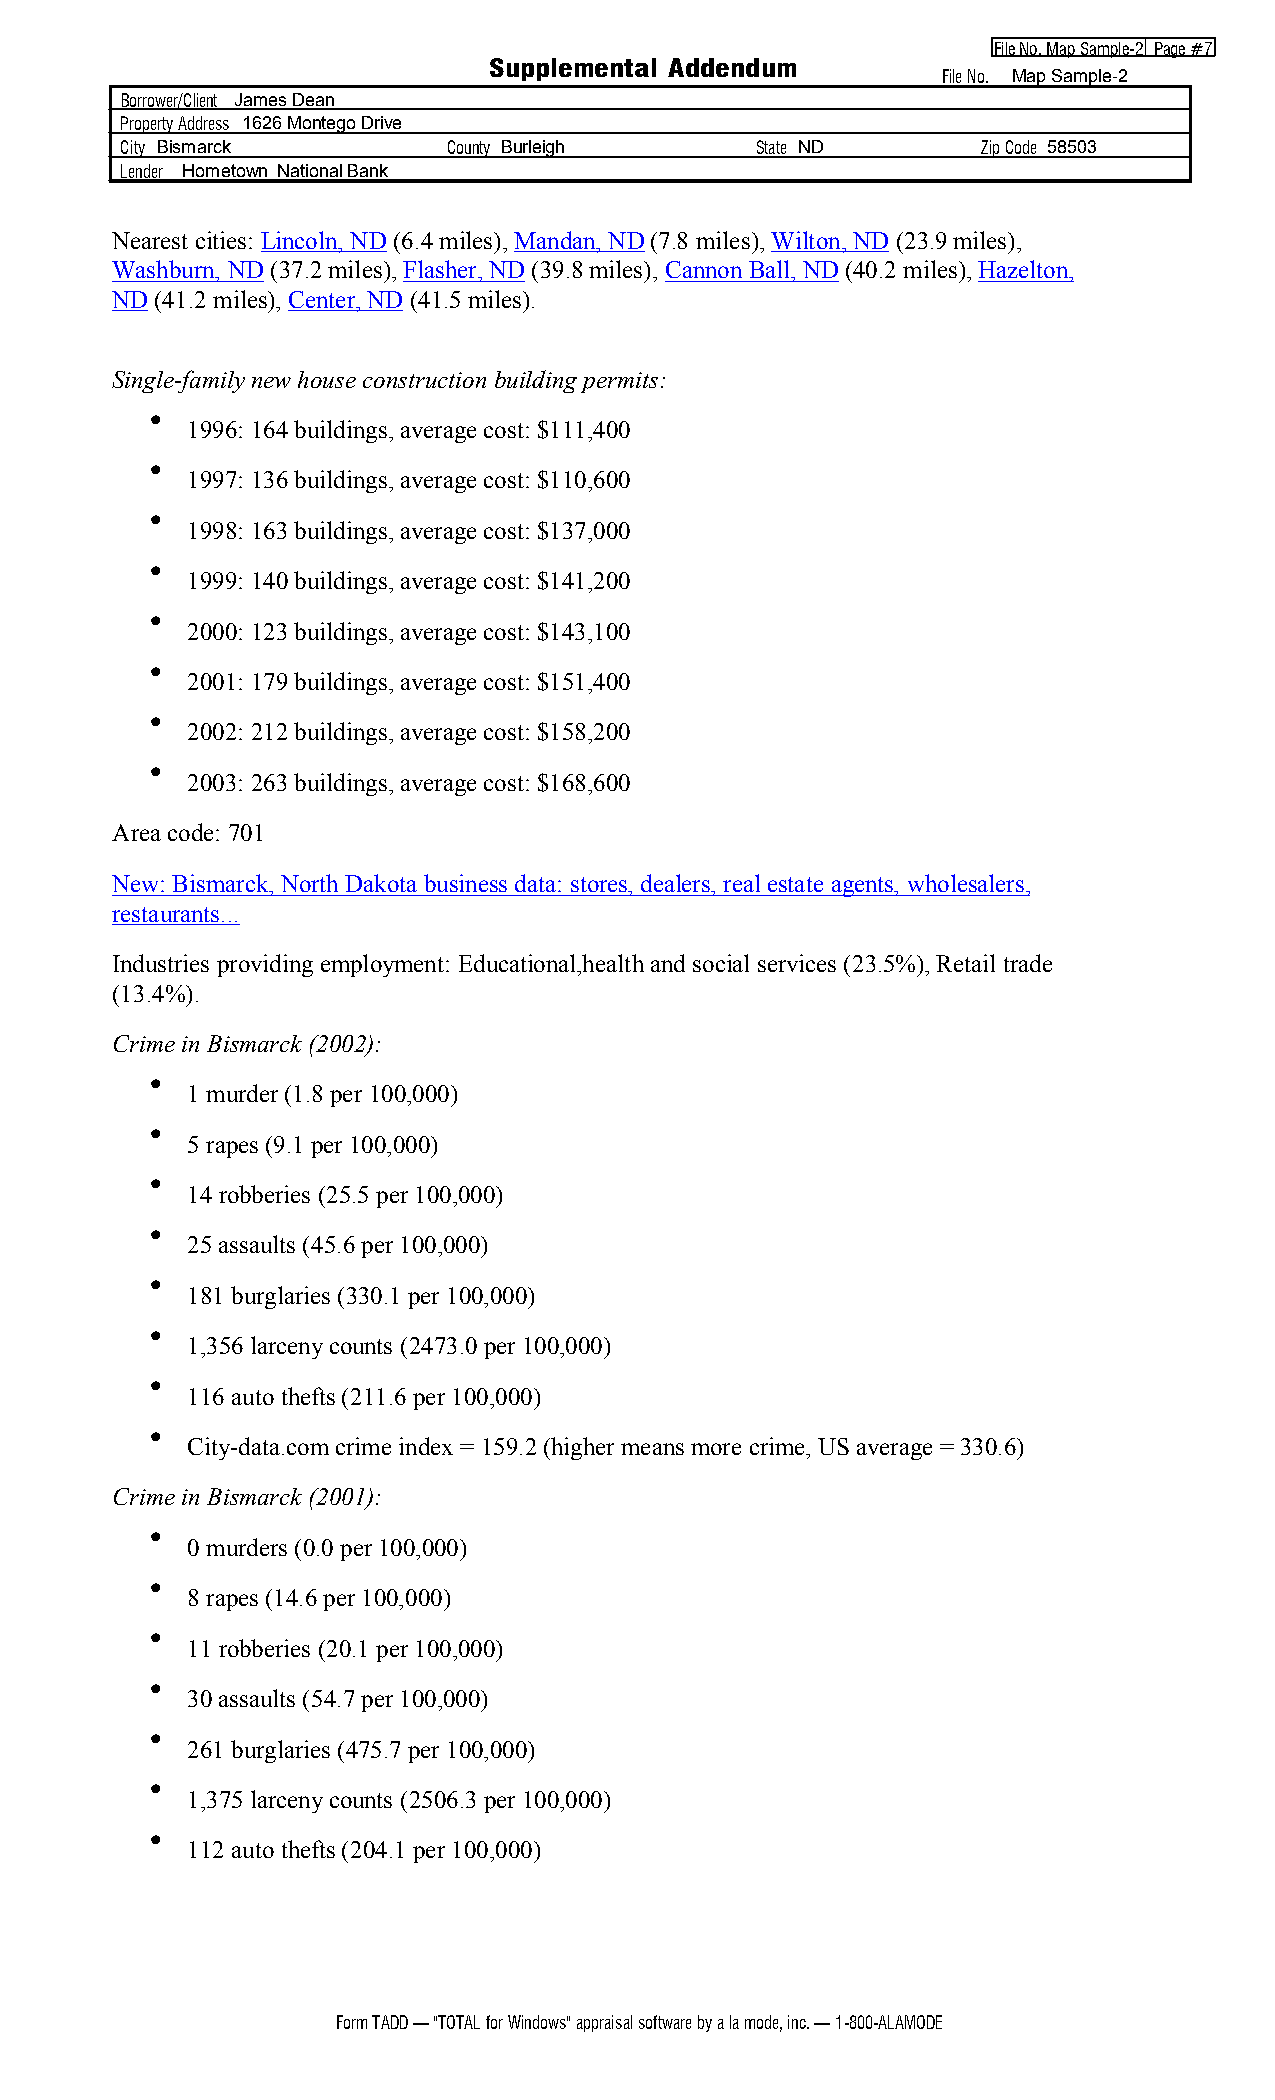
File No. Map Sample 2 Page #7
 Supplemental Addendum
 File No. Map Sample 2
 Borrower/Client James Dean
 Property Address 1626 Montego Drive
 City Bismarck         County Burleigh     State ND       Zip Code 58503
 Lender Hometown National Bank
 Nearest cities: Lincoln, ND (6.4 miles),Mandan, ND (7.8 miles), Wilton, ND (23.9 miles),
 Washburn, ND (37.2 miles),Flasher, ND (39.8 miles), Cannon Ball, ND (40.2 miles), Hazelton,
 ND (41.2 miles), Center, ND (41.5 miles).
 Single family new house construction building permits:
 •
 1996: 164 buildings, average cost: $111,400
 •
 1997: 136 buildings, average cost: $110,600
 •
 1998: 163 buildings, average cost: $137,000
 •
 1999: 140 buildings, average cost: $141,200
 •
 2000: 123 buildings, average cost: $143,100
 •
 2001: 179 buildings, average cost: $151,400
 •
 2002: 212 buildings, average cost: $158,200
 •
 2003: 263 buildings, average cost: $168,600
 Area code: 701
 New: Bismarck, North Dakota business data: stores, dealers, real estate agents, wholesalers,
 restaurants...
 Industries providing employment: Educational,health and social services (23.5%), Retail trade
 (13.4%).
 Crime in Bismarck (2002):
 •
 1 murder (1.8 per 100,000)
 •
 5 rapes (9.1 per 100,000)
 •
 14 robberies (25.5 per 100,000)
 •
 25 assaults (45.6 per 100,000)
 •
 181 burglaries (330.1 per 100,000)
 •
 1,356 larceny counts (2473.0 per 100,000)
 •
 116 auto thefts (211.6 per 100,000)
 •
 City data.com crime index = 159.2 (higher means more crime, US average = 330.6)
 Crime in Bismarck (2001):
 •
 0 murders (0.0 per 100,000)
 •
 8 rapes (14.6 per 100,000)
 •
 11 robberies (20.1 per 100,000)
 •
 30 assaults (54.7 per 100,000)
 •
 261 burglaries (475.7 per 100,000)
 •
 1,375 larceny counts (2506.3 per 100,000)
 •
 112 auto thefts (204.1 per 100,000)
 Form TADD — "TOTAL for Windows" appraisal software by a la mode, inc. — 1 800 ALAMODE